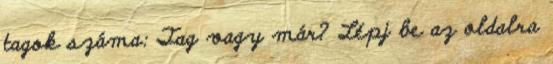
tagok száma: Tag vagy már? Lépj be az oldalra